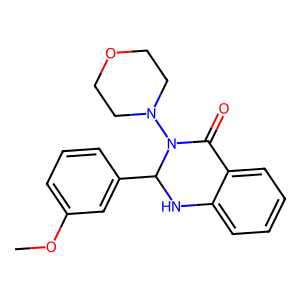
SMILES: COc1cccc(C2Nc3ccccc3C(=O)N2N2CCOCC2)c1
Inhibits HIV replication: No